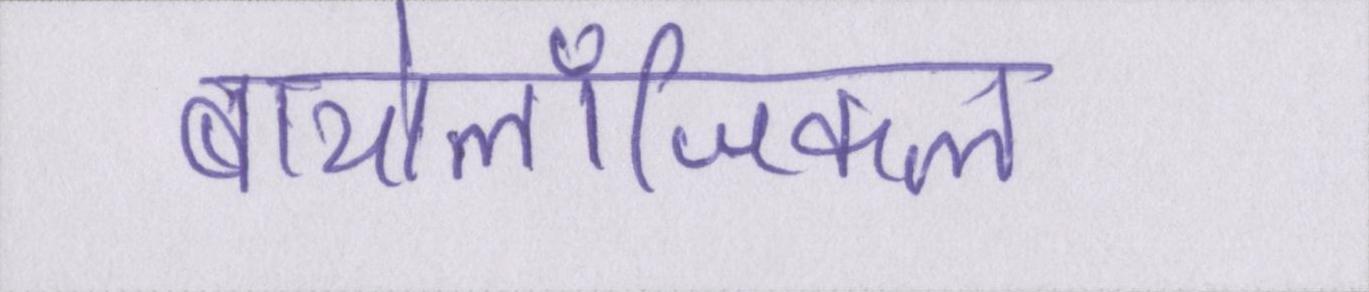
बायोलॉजिकल